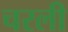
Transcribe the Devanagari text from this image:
चरली